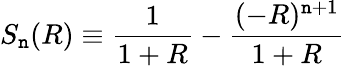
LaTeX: S_{\mathtt{n}}(R)\equiv\frac{{1}}{{1+R}}-\frac{{(-R)^{\mathtt{n}+1}}}{{1+R}}